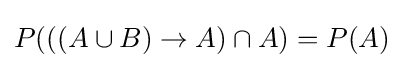
P(((A\cup B)\rightarrow A)\cap A)=P(A)